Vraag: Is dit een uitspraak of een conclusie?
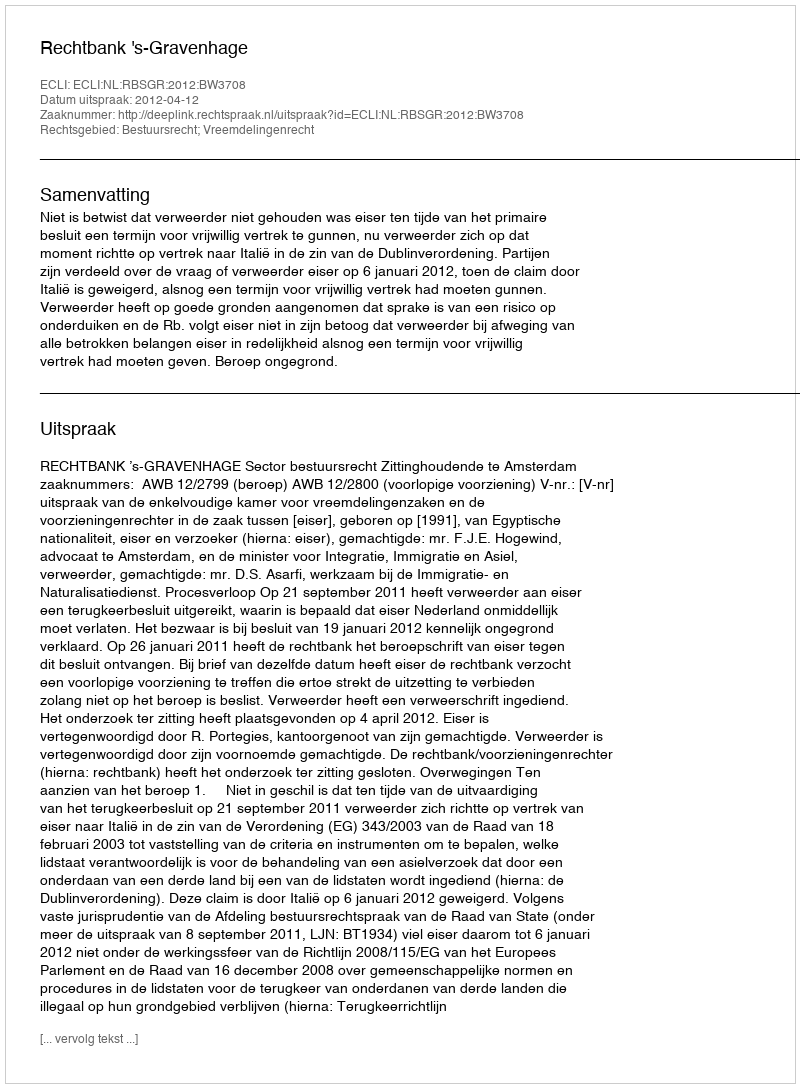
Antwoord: Uitspraak